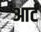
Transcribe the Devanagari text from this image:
आर्टं